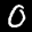
Label: 0